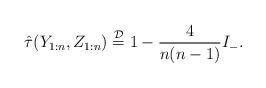
LaTeX: \begin{align*}\hat\tau(Y_{1:n},Z_{1:n})\overset{\mathcal D}{=} 1-\frac{4}{n(n-1)}I_-.\end{align*}